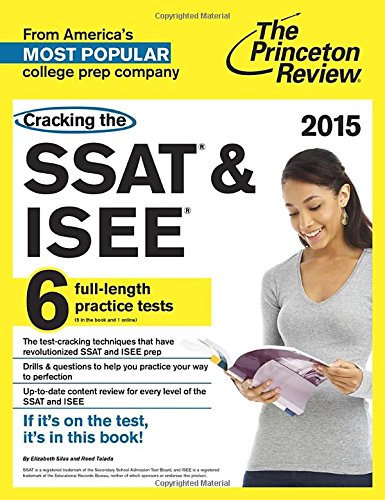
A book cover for Cracking the SSAT & ISEE, 2015 Edition (Private Test Preparation); Princeton Review; Test Preparation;